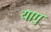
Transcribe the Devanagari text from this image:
यागु